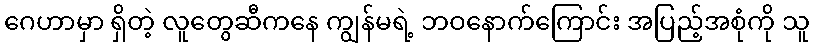
ဂေဟာမှာ ရှိတဲ့ လူတွေဆီကနေ ကျွန်မရဲ့ ဘဝနောက်ကြောင်း အပြည့်အစုံကို သူ